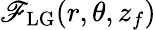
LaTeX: \mathscr{F}_{\mathrm{{LG}}}(r,\theta,z_{f})